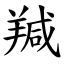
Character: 羬